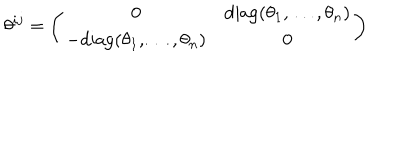
\theta ^ { i j } = \left( \begin{array} { c c } { { 0 } } & { { \mathrm { d i a g } ( \theta _ { 1 } , \dots , \theta _ { n } ) } } \\ { { - \mathrm { d i a g } ( \theta _ { 1 } , \dots , \theta _ { n } ) } } & { { 0 } } \\ \end{array} \right)